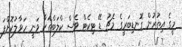
މީގެ އިތުރުން ގޮނޑިބަރީގެ މެޗު ޑޭ ޓިކެޓް ވެސް ކްލަބްތަކާ ވަނީ ހަވާލުކޮށްފަ